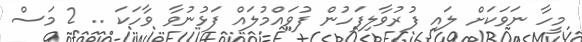
މީހާ ނަވަކަށް ލައި ފުރުވާލިފަހުން ފުވައްމުލައް ފަޅުނުވާ ވާހަކަ .. 2 މަސް